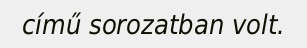
című sorozatban volt.